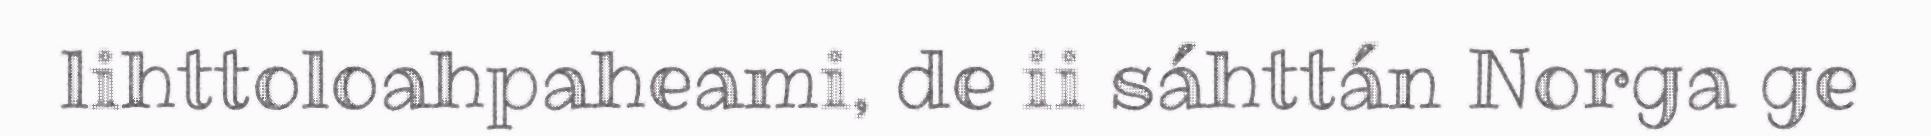
lihttoloahpaheami, de ii sáhttán Norga ge